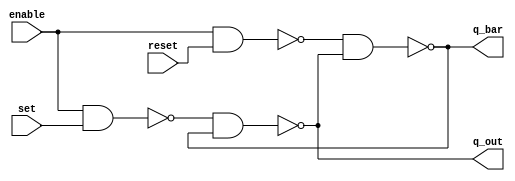
module clocked_sr_data(enable,set, reset, q_out,q_bar);
input enable, set, reset;
output q_out,q_bar;
 wire i, j;
  assign i=~(enable&set);
  assign j=~(enable&reset);
  assign q_bar=~(j&q_out);
  assign q_out=~(i&q_bar);
endmodule